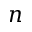
n